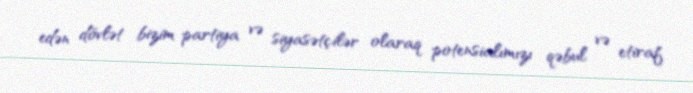
edən dövlət bizim partiya və siyasətçilər olaraq potensialımızı qəbul və etiraf